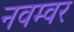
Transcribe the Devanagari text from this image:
नवम्‍वर